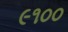
૯૧૦૦